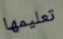
تعليمها